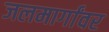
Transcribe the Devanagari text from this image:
जलमार्गांवर